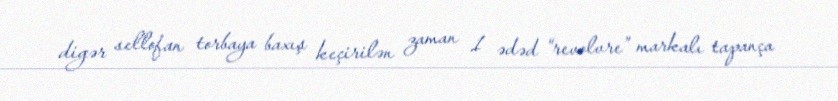
digər sellofan torbaya baxış keçirilən zaman 1 ədəd “revolvre” markalı tapança